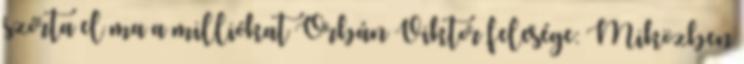
szórta el ma a milliókat Orbán Viktor felesége: Miközben